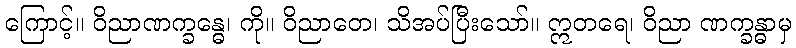
ကြောင့်။ ဝိညာဏက္ခန္ဓေ၊ ကို။ ဝိညာတေ၊ သိအပ်ပြီးသော်။ ဣတရေ၊ ဝိညာ ဏက္ခန္ဓာမှ